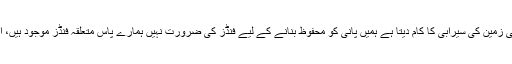
اس پر چیئرمین سی ڈی اے کا کہنا تھا کہ مارگلہ کی پہاڑیوں سے آنے والا پانی زمین کی سیرابی کا کام دیتا ہے ہمیں پانی کو محفوظ بنانے کے لیے فنڈز کی ضرورت نہیں ہمارے پاس متعلقہ فنڈز موجود ہیں، انہوں نے بتایا کہ راول ڈیم کا 25 فیصد پانی ابتدائی مرحلے میں ضائع ہوتا ہے۔